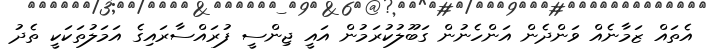
އެތައް ޒަމާނެއް ވަންދެން އަންހެނުން ގަބޫލުކުރަމުން އައީ ޖިންސީ ފުރައްސާރައިގެ އަމަލުތަކަކީ ތެދު